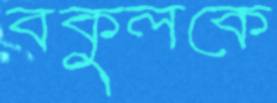
বকুলকে